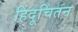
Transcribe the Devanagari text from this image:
हिंदूचिंतन